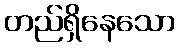
တည်ရှိနေသော